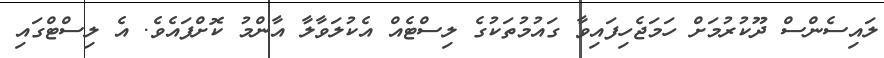
ލައިސެންސް ދޫކުރުމަށް ހަމަޖެހިފައިވާ ގައުމުތަކުގެ ލިސްޓެއް އެކުލަވާލާ އާންމު ކޮށްފައެވެ. އެ ލިސްޓްގައި